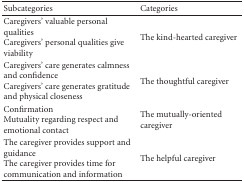
| Subcategories | Categories |
 | --- | --- |
 | Caregivers' valuable personal qualities Caregivers' personal qualities give viability | The kind-hearted caregiver |
 | Caregivers' care generates calmness and confidence Caregivers' care generates gratitude and physical closeness | The thoughtful caregiver |
 | Confirmation Mutuality regarding respect and emotional contact | The mutually-oriented caregiver |
 | The caregiver provides support and guidance The caregiver provides time for communication and information | The helpful caregiver |